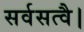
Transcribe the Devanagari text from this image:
सर्वसत्वै।